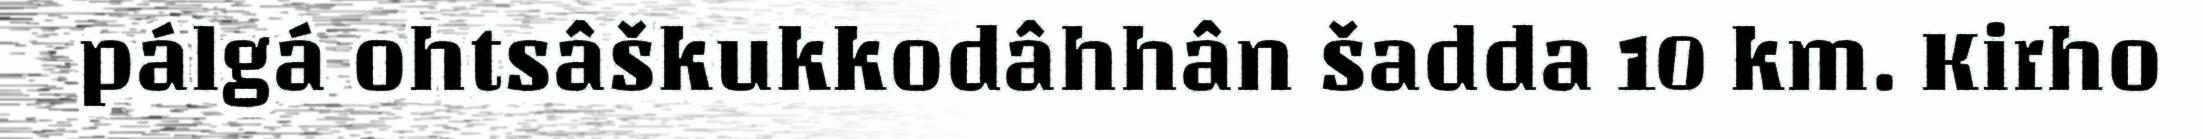
pálgá ohtsâškukkodâhhân šadda 10 km. Kirho